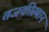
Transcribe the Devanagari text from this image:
तजकीस्थान